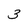
Character: 3